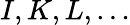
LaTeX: I,K,L,\ldots